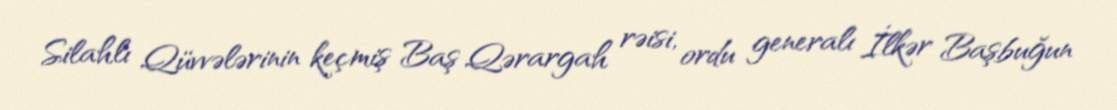
Silahlı Qüvvələrinin keçmiş Baş Qərargah rəisi, ordu generalı İlkər Başbuğun